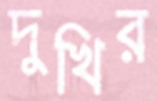
দুখির